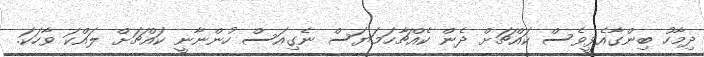
ދިމާހު ބިންގާއެޅީވެސް ކައްޗަށް ދެން ކެއްޗާހަމަޔަސް ނެގިއަސް ހުންނާނީ ކައްޗަށް ލައްކަ ވާހަކަ.